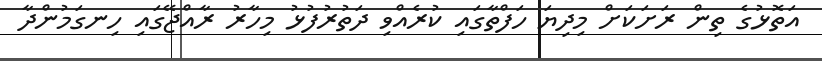
އަތޮޅުގެ ތިން ރަށަކަށް މިދިޔަ ހަފްތާގައި ކުރެއްވި ދަތުރުފުޅު މިހާރު ރާއްޖޭގައި ހިނގަމުންދާ